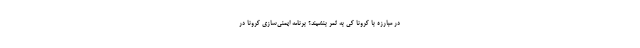
در مبارزه با کرونا کی به ثمر بنشیند؟ برنامه‌ ایمنی‌سازی کرونا در